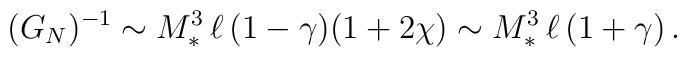
(G_N)^{-1}\sim M_*^{3}\,\ell\,(1-\gamma) (1+2\chi)\sim M_*^3\,\ell\,(1+\gamma)\,.